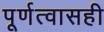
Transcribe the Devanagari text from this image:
पूर्णत्वासही